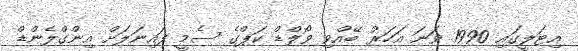
އިޓަލީގައި 1990 ވަނަ އަހަރު ބޭއްވި ވޯލްޑް ކަޕްގެ ސެމީ ފައިނަލަށް އިންގްލެންޑް